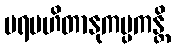
ပရမဟိတာနုကမ္ပကန္တိ